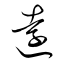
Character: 遠